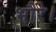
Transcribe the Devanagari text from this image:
भौंरे।